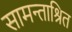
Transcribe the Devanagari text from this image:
सामन्ताश्रित